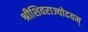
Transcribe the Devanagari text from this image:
श्रीशिवराज्योदयम्